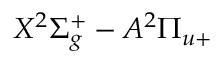
X ^ { 2 } \Sigma _ { g } ^ { + } - A ^ { 2 } \Pi _ { u + }